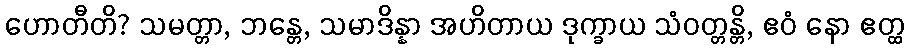
ဟောတီတိ? သမတ္တာ, ဘန္တေ, သမာဒိန္နာ အဟိတာယ ဒုက္ခာယ သံဝတ္တန္တိ, ဧဝံ နော ဧတ္ထ